Account of plague administration in the Bombay Presidency from September 1896 till May 1897
Year: 1896
Disease focus: Plague
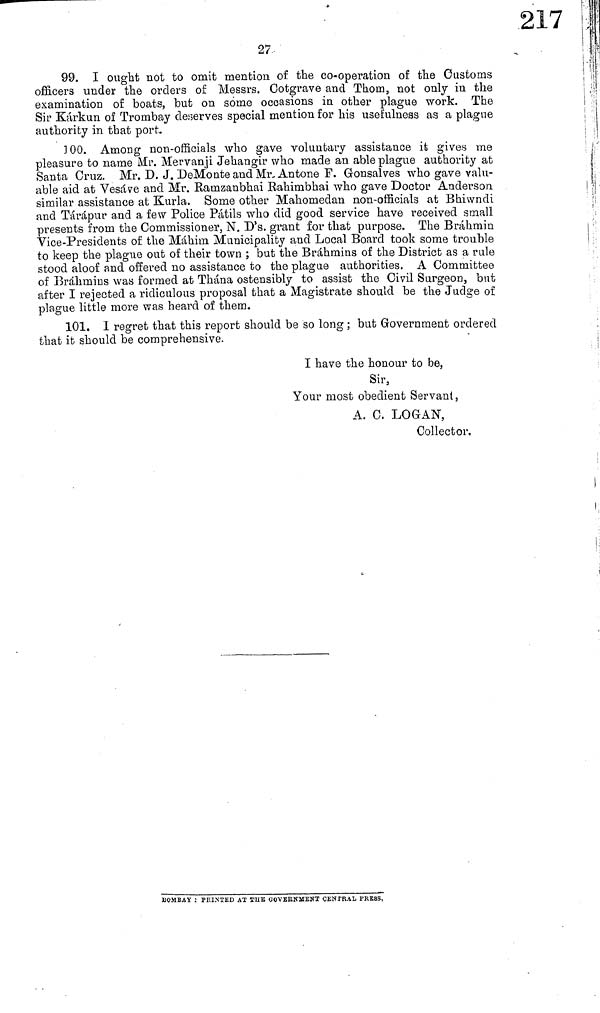
27
99. I ought not to omit mention of the co-operation of the Customs
officers under the orders of Messrs. Cotgrave and Thom, not only in the
examination of boats, but on some occasions in other plague work. The
Sir Kárkun of Trombay desserves special mention for his usefulness as a plague
authority in that port.
100. Among non-officials who gave voluntary assistance it gives me
pleasure to name Mr. Mervanji Jehangir who made an able plague authority at
Santa Cruz. Mr. D. J. DeMonte and Mr, Antone F. Gonsalves who gave valu-
able aid at Vesáve and Mr. Ramzanbhai Rahimbhai who gave Doctor Anderson.
similar assistance at Kurla. Some other Mahomedan non-officials at Bhiwndi
and Tárápur and a few Police Pátils who did good service have received small
presents from the Commissioner, N. D's. grant for that purpose. The Bráhmin
Vice-Présidents of the Máhim Municipality and Local Board took some trouble
to keep the plague out of their town ; but the Brahmins of the District as a rule
stood aloof and offered no assistance to the plague authorities. A Committee
of Bráhmins was formed at Thána ostensibly to assist the Civil Surgeon, but
after I rejected a ridiculous proposal that a Magistrate should be the Judge of
plague little more was heard of them.
101. I regret that this report should be so long ; but Government ordered
that it should be comprehensive.
I have the honour to be,
Sir,
Your most obedient Servant,
A. C, LOGAN,
Collector.
BOMBAY : PRINTED AT THE GOVERNMENT CENTRAL